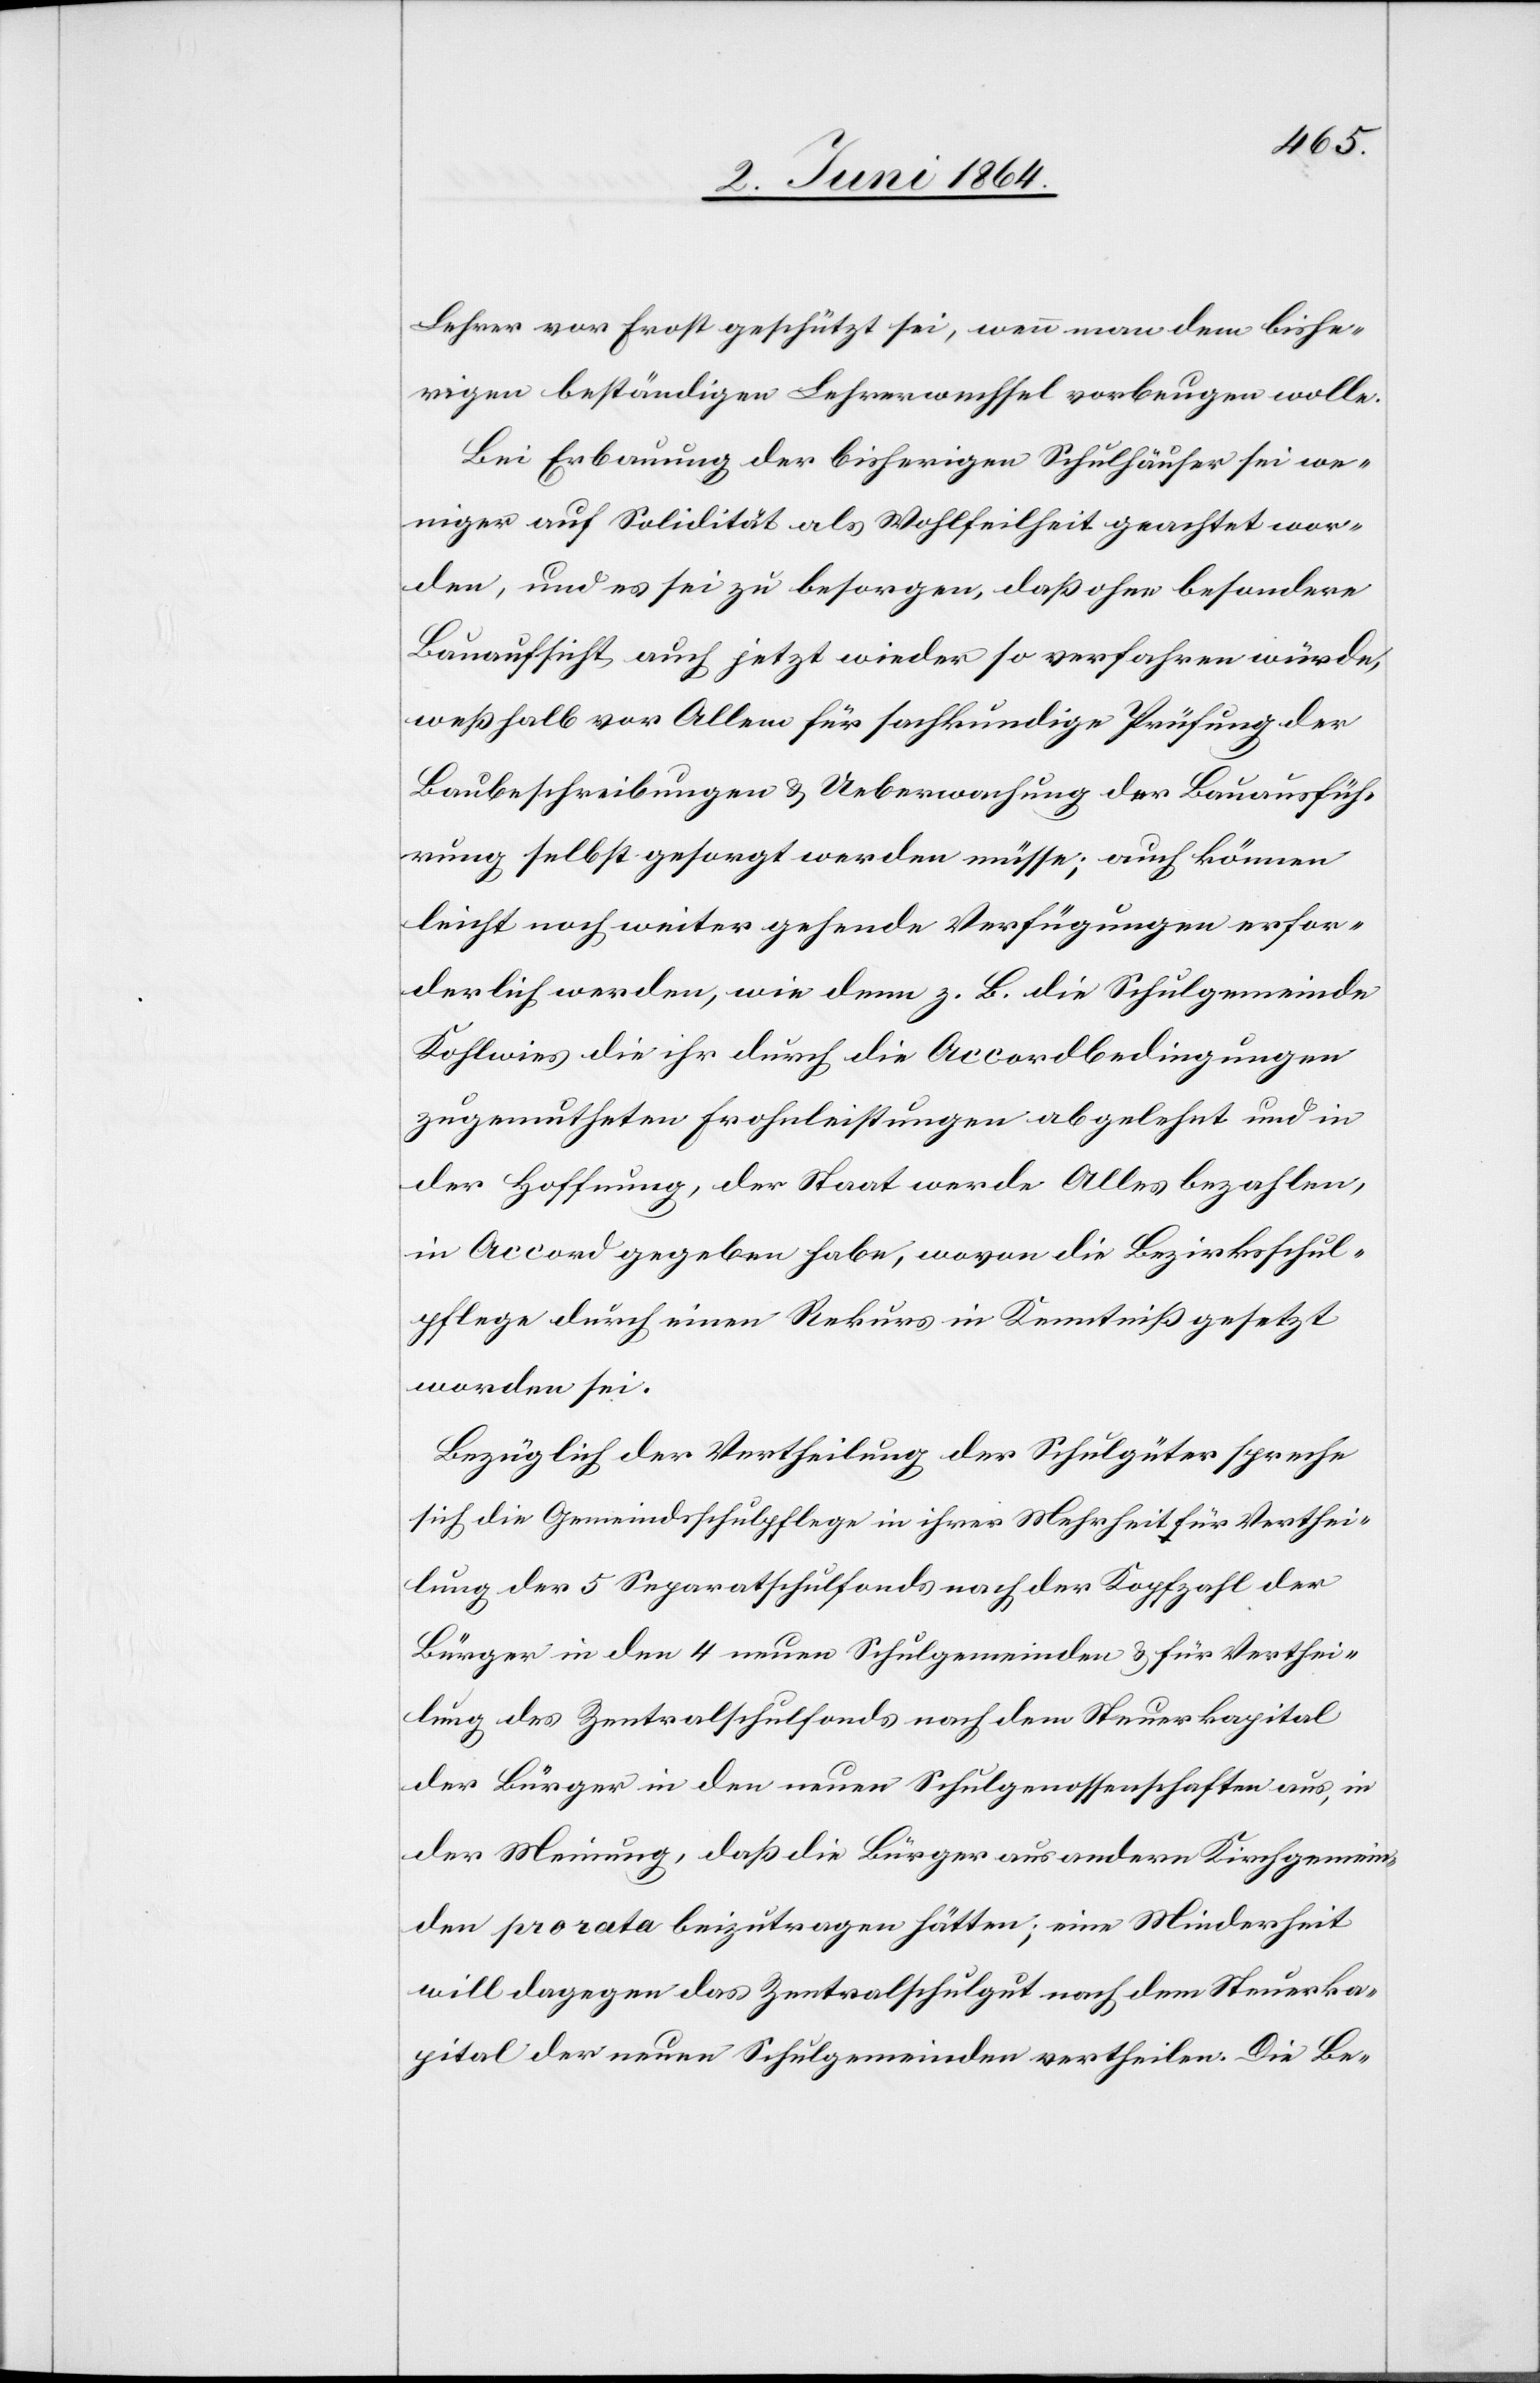
Lehrer vor Frost geschützt sei, wenn man dem bishe¬
rigen beständigen Lehrerwechsel vorbeugen wolle.
Bei Erbauung der bisherigen Schulhäuser sei we¬
niger auf Solidität als Wohlfeilheit geachtet wor¬
den, und es sei zu besorgen, daß ohne besondere
Bauaufsicht auch jetzt wieder so verfahren würde,
weßhalb vor Allem für sachkundige Prüfung der
Baubeschreibungen u. Ueberwachung der Bauausfüh¬
rung selbst gesorgt werden müsse; auch können
leicht noch weiter gehende Verfügungen erfor¬
derlich werden, wie denn z. B. die Schulgemeinde
Kohlwies die ihr durch die Accordbedingungen
zugemutheten Frohnleistungen abgelehnt und in
der Hoffnung, der Staat werde Alles bezahlen,
in Accord gegeben habe, wovon die Bezirksschul¬
pflege durch einen Rekurs in Kenntniß gesetzt
worden sei.
Bezüglich der Vertheilung der Schulgüter spreche
sich die Gemeindsschulpflege in ihrer Mehrheit für Verthei¬
lung der 5 Separatschulfonds nach der Kopfzahl der
Bürger in den 4 neuen Schulgemeinden u. für Verthei¬
lung des Zentralschulfonds nach dem Steuerkapital
der Bürger in den neuen Schulgenossenschaften aus, in
der Meinung, daß die Bürger aus andern Kirchgemein¬
den pro rata beizutragen hätten; eine Minderheit
will dagegen das Zentralschulgut nach dem Steuerka¬
pital der neuen Schulgemeinden vertheilen. Die Be-